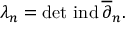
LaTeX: \lambda _ { n } = \operatorname * { d e t } \, \mathrm { i n d } \, \overline { { \partial } } _ { n } .